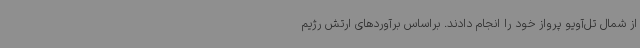
از شمال تل‌آویو پرواز خود را انجام دادند. براساس برآوردهای ارتش رژیم